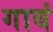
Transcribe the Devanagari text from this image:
गाबं